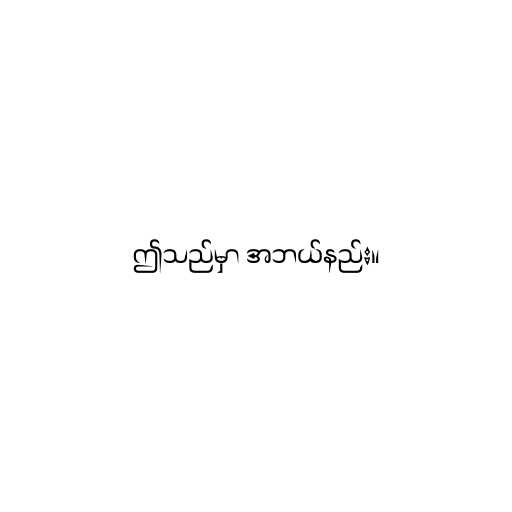
ဤသည်မှာ အဘယ်နည်း။